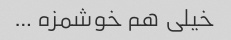
خیلی هم خوشمزه …